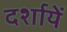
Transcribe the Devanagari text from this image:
दर्शायें